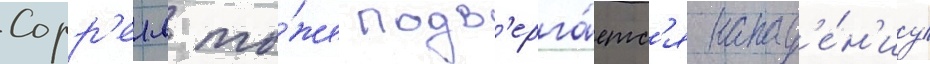
Сорр'елл то́же подв'ерга́етс'я напад'е́н'иу